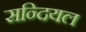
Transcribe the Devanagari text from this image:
सन्दियल